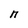
Character: n